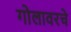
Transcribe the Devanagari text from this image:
गोलावरचे